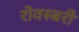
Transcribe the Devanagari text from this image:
रॊवस्बरी